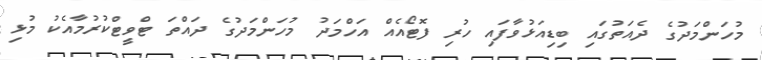
މުހަންމަދުގެ ދެއަތުގައި ބިޑިއަޅުވާފައި ހުރި ފޮޓޯއެއް އަހްމަދު މުހަންމަދުގެ ދައްތަ ޓްވީޓްކުރުމާއެކު މުޅި